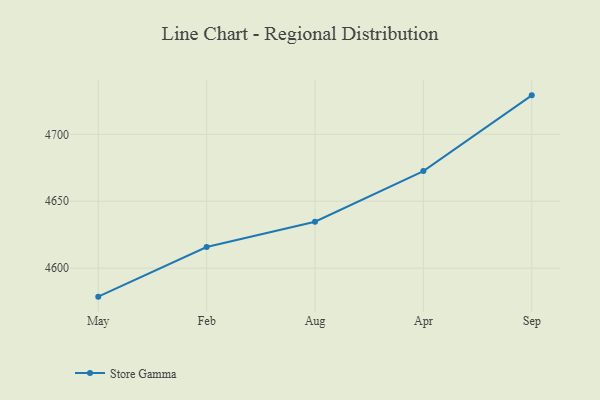
{"axis": {"x": "Month", "y": "Market Share (%)"}, "legend": ["Store Gamma"], "data": [{"x": "May", "y": 4578.7, "type": "Store Gamma"}, {"x": "Feb", "y": 4615.8, "type": "Store Gamma"}, {"x": "Aug", "y": 4634.7, "type": "Store Gamma"}, {"x": "Apr", "y": 4672.5, "type": "Store Gamma"}, {"x": "Sep", "y": 4729.1, "type": "Store Gamma"}]}